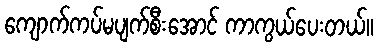
ကျောက်ကပ်မပျက်စီးအောင် ကာကွယ်ပေးတယ်။